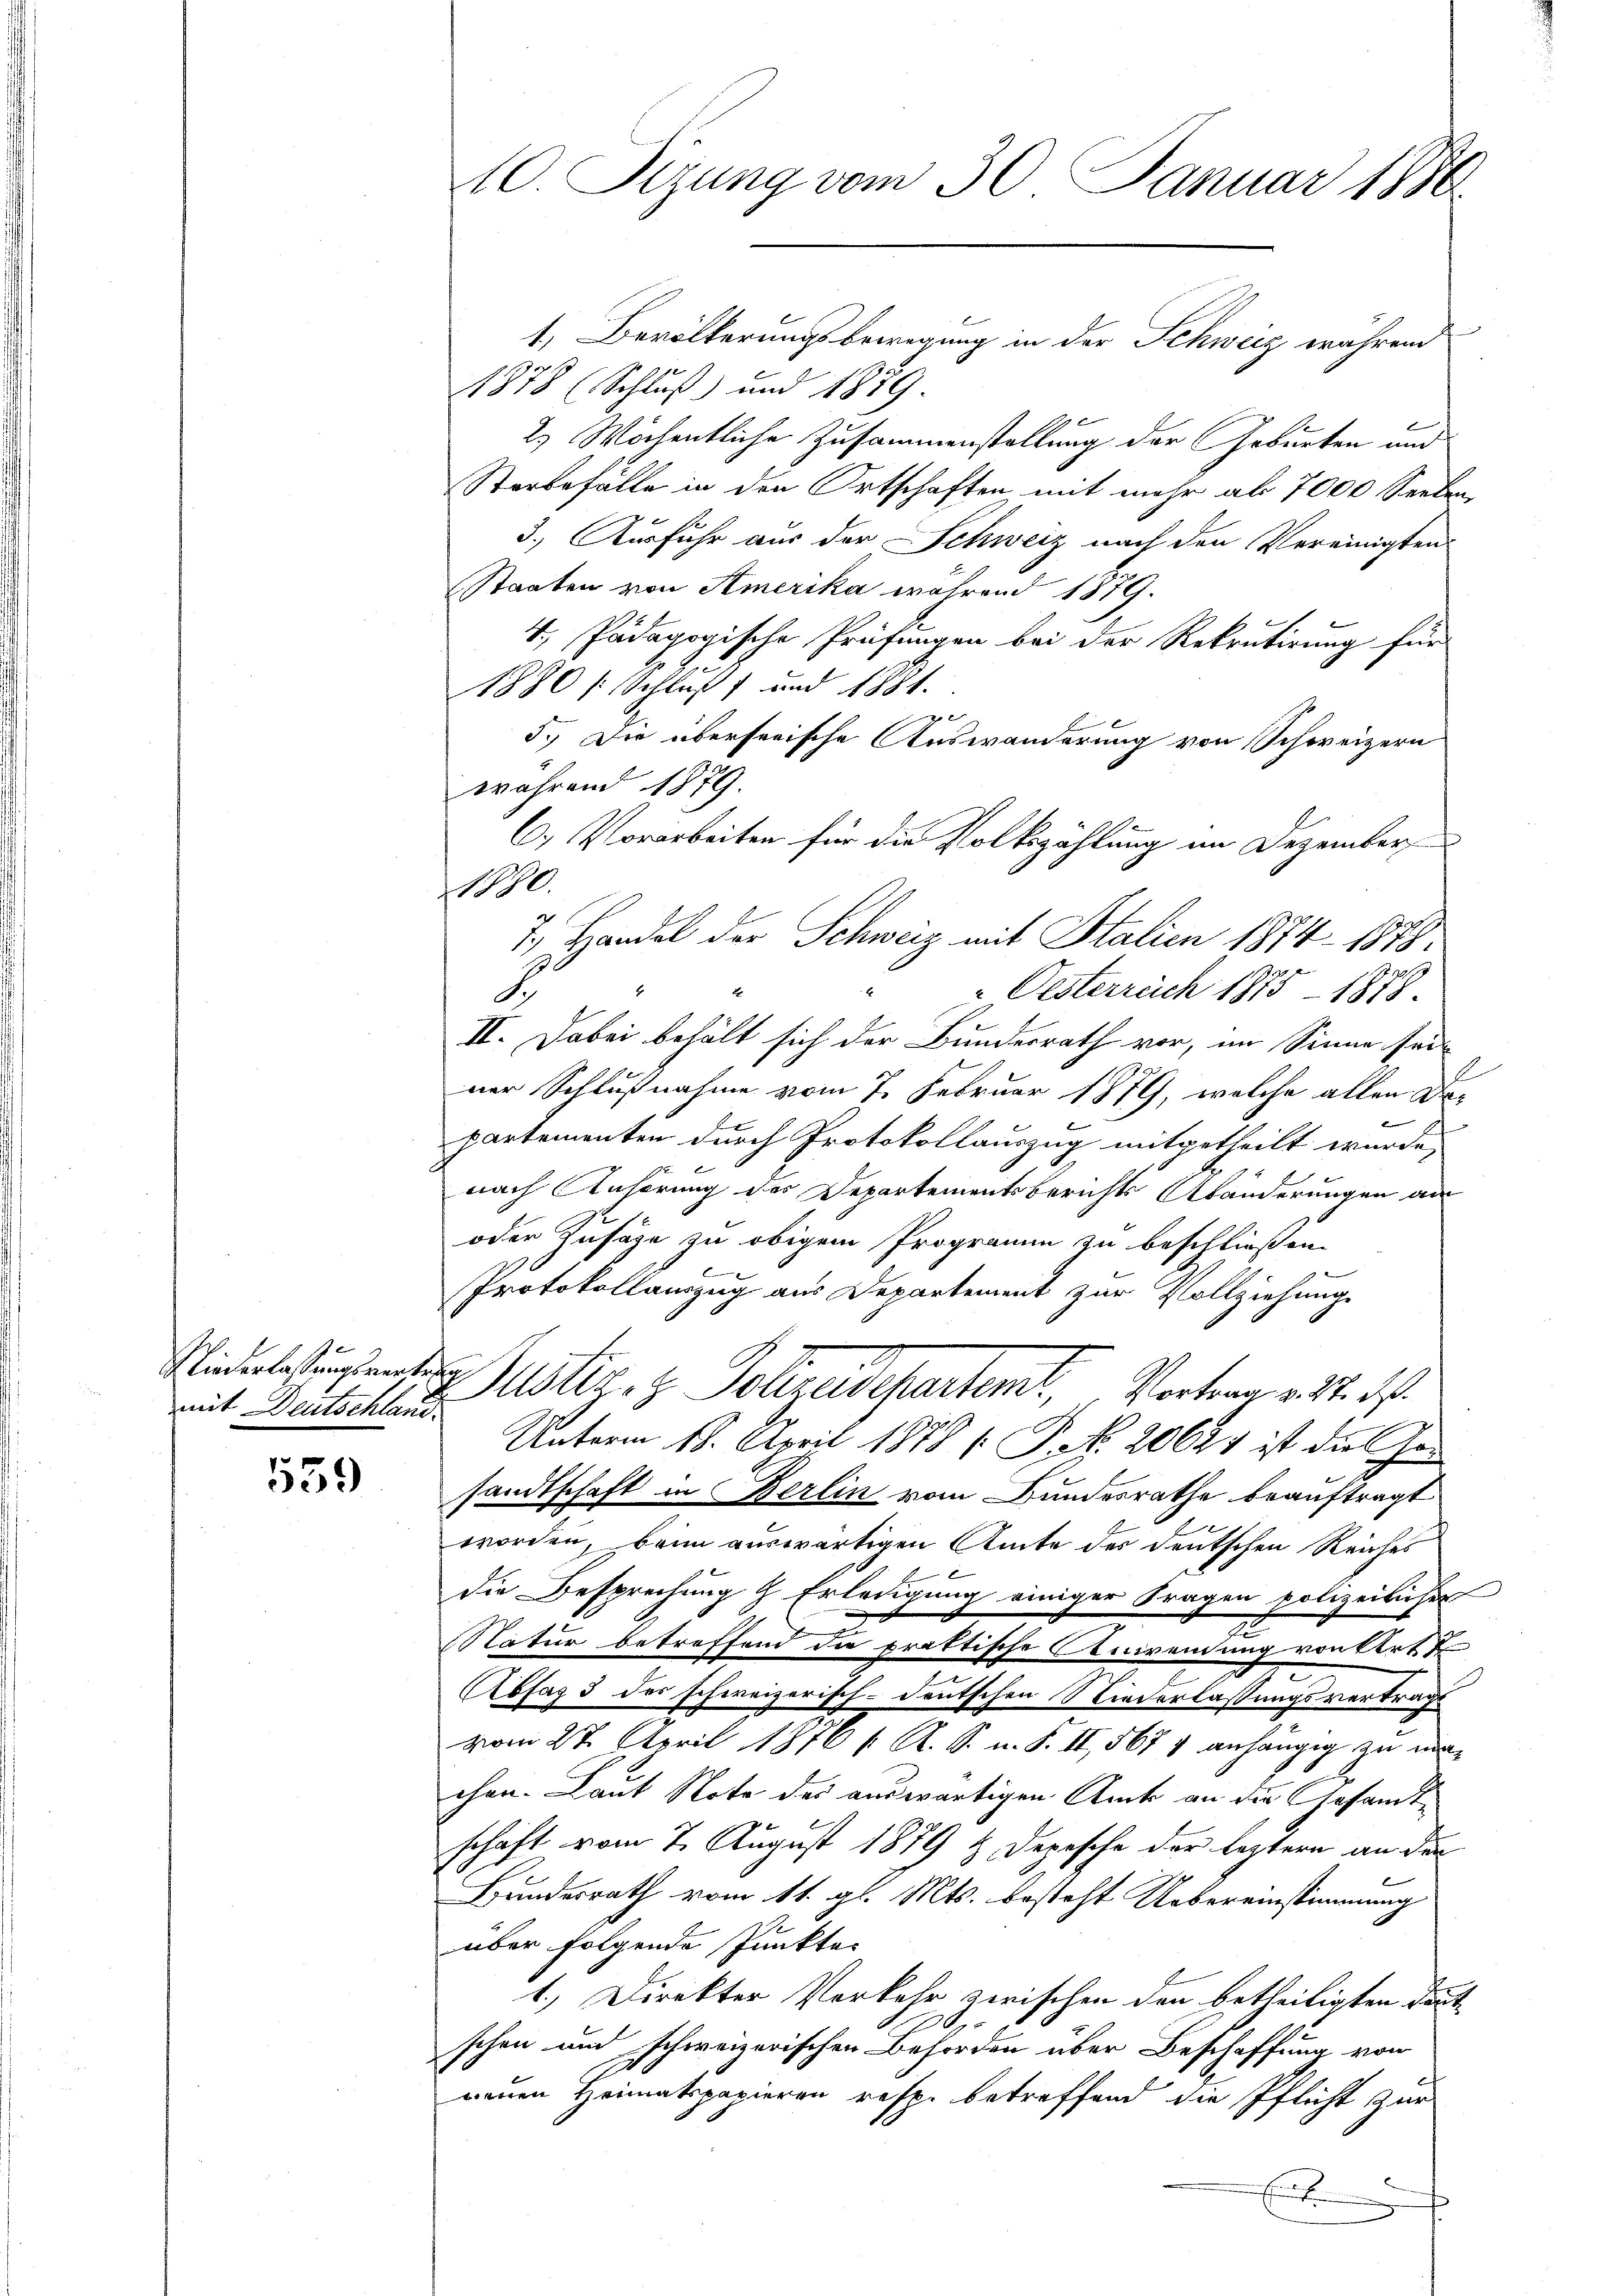
mit Deutschland.

539

10. Sizung vom 30. Januar 1886.

1. Bevölkerungsbewegung in der Schweiz während
1878 (Schluß) und 1889.
2) Wöchentliche Zusammenstellung der Geburten und
Starbefälle in den Ortschaften, mit mehr als 7000 Seeben,
3.) Ausfuhr aus der Schweiz nach den Vereinigten
Staaten von Amerika während 1879.
4., Pädagogische Prüfungen bei der Rekrutirung für
1880 / Schluß) und 1881.
2
5. Die überseeische Auswanderung von Schweizern
während 1879.
100.
7., Handel der Schweiz mit Stalien 1874. 1818.
E
8
 Oesterreich 1875 - 1878.
II. Dabei behält sich der Bundesrath vor, im Sinne sei
ner Schlußnahme vom 7. Februar 1879, welche allen Departementen durch Protokollauszug mitgetheilt wurde,
nach Anhörung des Departementsberichts Abänderungen an
oder Zusätze zu obigem Programm zu beschließen.
Protokollauszug aus Departement zur Vollziehung
Mindelstungen Justiz- & Polizeidepartemt, Vortrag v. 24. ds.
Unterm 18. April 1878 [P. No. 20627 ist die Her
sandtschaft in Berlin vom Bundesrathe beauftragt
worden, beim auswärtigen Amte des deutschen Reiches
die Besprechung & Erledigung einiger Fragen polizeilichen
Natur betreffend die praktische Anwendung von Art
Absaz 3 des schweizerisch-deutschen Niederlassungsvertrage
vom 27. April 1876 v. R. S. u. S. II, 567 & anhängig zu einchen. Laut Note des auswärtigen Anck an die Gesandtschaft vom 7. August 1879 u. Depesche der leztern an den
Bundesrath vom 11. gl. Mts. besteht Uebereinstimmung
über folgende Punkte.
1.) Direkter Vorkehr zwischen den betheiligten Deut
1
schen und schweizerischen Behörden über Beschaffung von
neuen Heimatspapieren resp. betreffend die Pflicht zur
¬
Ent

C.) Vorarbeiten für die Volkszählung im Dezember